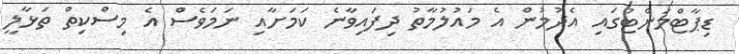
ޑިޕާޓްމަންޓުގައި އެދުމުން އެ މައުލުމާތު ދިފައިވާނެ ކަމަށާއި ނަމަވެސް އެ މިސްކިތް ތަޅާލީ